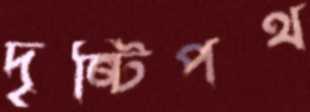
দৃষ্টিপথ